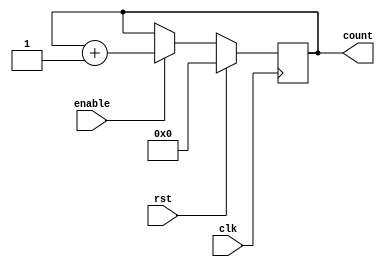
module synchronous_counter (
    input clk,
    input rst,
    input enable,
    output reg [3:0] count
);

always @(posedge clk) begin
    if (rst) begin
        count <= 4'b0000; // Reset to zero
    end else if (enable) begin
        count <= count + 1; // Increment counter
    end
end

endmodule